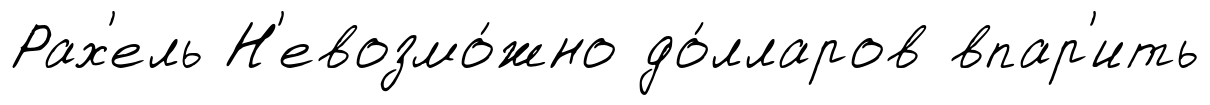
Рах'ель Н'евозмо́жно до́лларов впар'ить